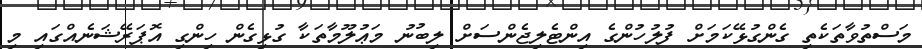
މަސްތުވާތަކެތި ގެންގުޅޭކަމަށް ފުލުހުންގެ އިންޓެލިޖެންސަށް ލިބުނު މަޢުލޫމާތަކާ ގުޅިގެން ހިންގި އޮޕަރޭޝަނެއްގައި މި